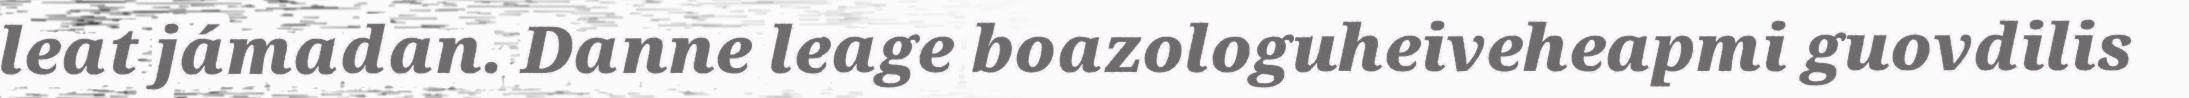
leat jámadan. Danne leage boazologuheiveheapmi guovdilis